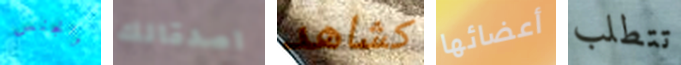
والجنس اصدقائك كشاهد أعضائها تتطلب